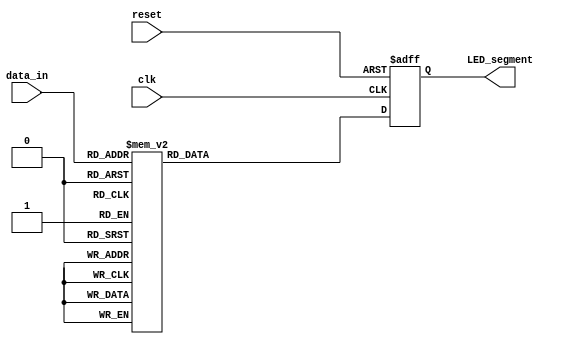
module BCD_to_7segmentLED(
		input 	[3:0]data_in,
		input 	clk, reset,
		output reg	[6:0]LED_segment
	);
	
	parameter ZERO_bcd 			= 4'b0000,
				 ONE_bcd 			= 4'b0001,
				 TWO_bcd 			= 4'b0010,
				 THREE_bcd			= 4'b0011,
				 FOUR_bcd 			= 4'b0100,
				 FIVE_bcd 			= 4'b0101,
				 SIX_bcd 			= 4'b0110,
				 SEVEN_bcd 			= 4'b0111,
				 EIGHT_bcd 			= 4'b1000,
				 NINE_bcd 			= 4'b1001;
				
	//Default design is used for common anode
	parameter ZERO_display 			= 7'b1000000,
				 ONE_display  		= 7'b1111001,
				 TWO_display  		= 7'b0100100,
				 THREE_display 		= 7'b0110000,
				 FOUR_display  		= 7'b0011001,
				 FIVE_display		= 7'b0010010,
				 SIX_display 		= 7'b0000010,
				 SEVEN_display 		= 7'b1111000,
				 EIGHT_display  	= 7'b0000000,
				 NINE_display 		= 7'b0010000,
				 UNKNOWN_display 	= 7'b0111111,
				 off_display		= 7'b1111111;
				 
				 
		always@(posedge clk or negedge reset) begin
				if (reset == 1'b0) LED_segment <= ZERO_display;
				else begin
					case(data_in)
							ZERO_bcd 	: LED_segment <= ZERO_display;
							ONE_bcd  	: LED_segment <= ONE_display;
							TWO_bcd		: LED_segment <= TWO_display;
							THREE_bcd	: LED_segment <= THREE_display;
							FOUR_bcd	: LED_segment <= FOUR_display;
							FIVE_bcd	: LED_segment <= FIVE_display;
							SIX_bcd		: LED_segment <= SIX_display;
							SEVEN_bcd 	: LED_segment <= SEVEN_display;
							EIGHT_bcd 	: LED_segment <= EIGHT_display;
							NINE_bcd 	: LED_segment <= NINE_display;
							default 	: LED_segment <= UNKNOWN_display;
					endcase
				end
			end
				 
endmodule